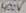
Text: 400V